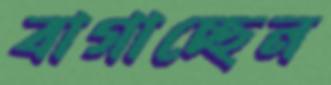
বাগাচ্ছেন